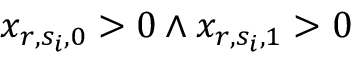
x _ { r , s _ { i } , 0 } > 0 \land x _ { r , s _ { i } , 1 } > 0